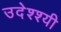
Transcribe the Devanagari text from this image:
उदेश्श्यी